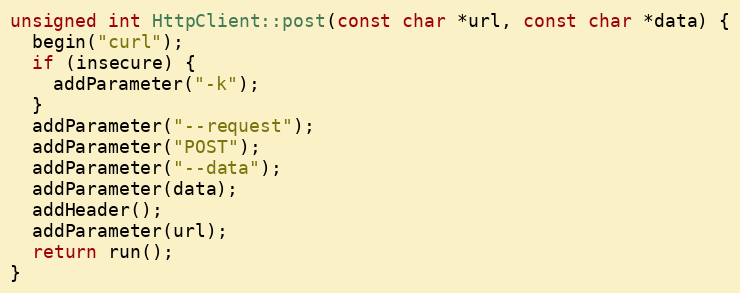
Language: C++
unsigned int HttpClient::post(const char *url, const char *data) {
  begin("curl");
  if (insecure) {
    addParameter("-k");
  }
  addParameter("--request");
  addParameter("POST");
  addParameter("--data");
  addParameter(data);
  addHeader();
  addParameter(url);
  return run();
}